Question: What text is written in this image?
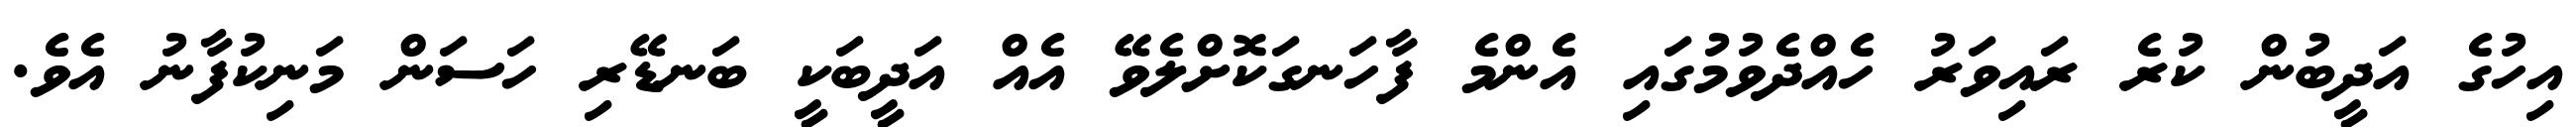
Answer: އިހުގެ އަދީބުން ކުރެ ރައިވަރު ހެއްދެވުމުގައި އެންމެ ފާހަނގަކޮށްލެވޭ އެއް އަދީބަކީ ބަނޑޭރި ހަސަން މަނިކުފާނު އެވެ.